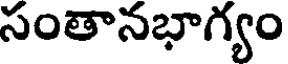
సంతానభాగ్యం